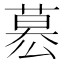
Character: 𮐋